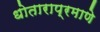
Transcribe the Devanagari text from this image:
धोताराप्रमाणे